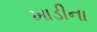
ખાડીના